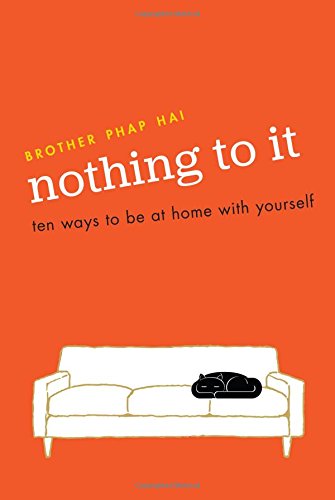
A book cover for Nothing To It: Ten Ways to Be at Home with Yourself; Brother Phap Hai; Religion & Spirituality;